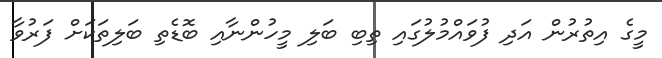
މީގެ އިތުރުން އަދި ފުވައްމުލުގައި ތިބި ބަލި މީހުންނާއި ބޮޑެތި ބަލިތަކަށް ފަރުވާ